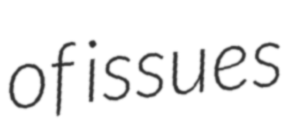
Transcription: of issues